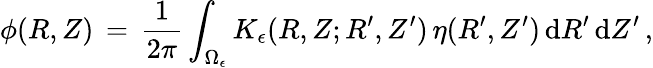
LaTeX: \phi(R,Z)\, =\, \frac{1}{2\pi}\int_{\Omega_{\epsilon}}K_{\epsilon}(R,Z;R^{\prime},Z^{\prime})\, \eta(R^{\prime},Z^{\prime})\, \mathrm{d}R^{\prime}\, \mathrm{d}Z^{\prime}\, ,